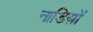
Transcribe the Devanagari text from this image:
नाडिय़ों